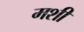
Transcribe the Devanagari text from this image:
मशी